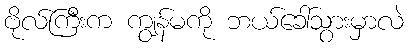
ဗိုလ်ကြီးက ကျွန်မကို ဘယ်ခေါ်သွားမှာလဲ